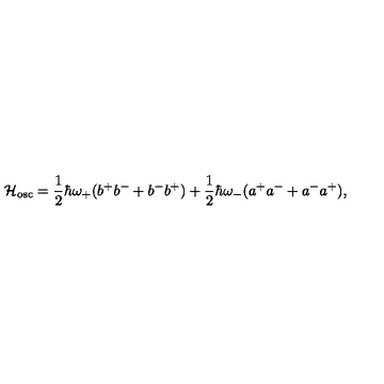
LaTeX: { \cal H } _ { \mathrm { o s c } } = \frac { 1 } { 2 } \hbar \omega _ { + } ( b ^ { + } b ^ { - } + b ^ { - } b ^ { + } ) + \frac { 1 } { 2 } \hbar \omega _ { - } ( a ^ { + } a ^ { - } + a ^ { - } a ^ { + } ) ,